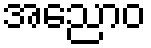
အညောဝ